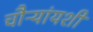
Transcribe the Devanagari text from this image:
चौऱ्यांयशीं